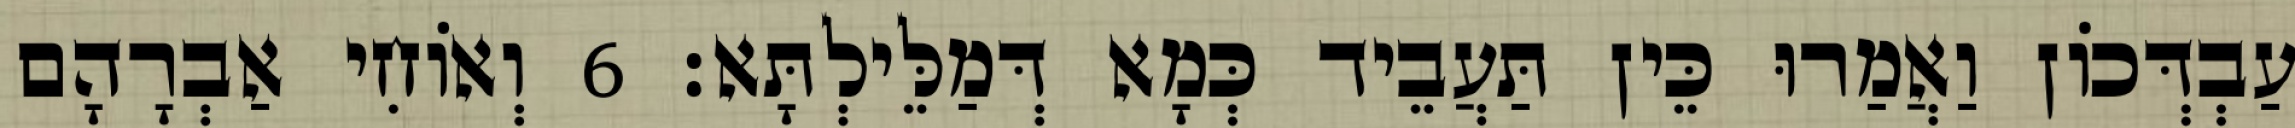
עַבְדְּכוֹן וַאֲמַרוּ כֵּין תַּעֲבֵיד כְּמָא דְּמַלֵּילְתָּא׃ 6 וְאוֹחִי אַבְרָהָם